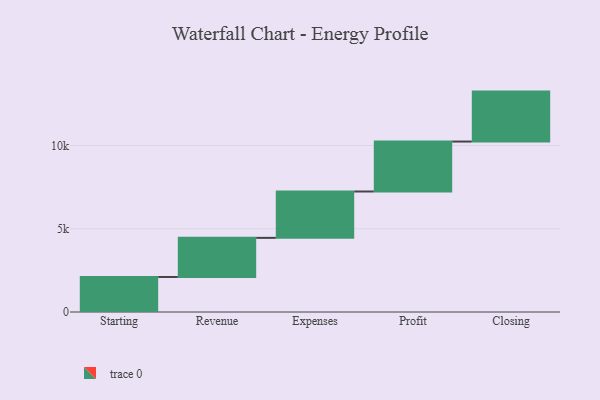
{"axis": {"x": "Step", "y": "Value"}, "legend": [""], "data": [{"x": "Starting", "y": 2104.0, "type": ""}, {"x": "Revenue", "y": 2349.0, "type": ""}, {"x": "Expenses", "y": 2784.0, "type": ""}, {"x": "Profit", "y": 3000, "type": ""}, {"x": "Closing", "y": 3000, "type": ""}]}